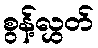
စွန့်လွှတ်